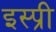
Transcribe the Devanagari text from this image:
इस्प्री